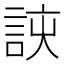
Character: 𮘈